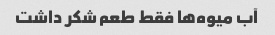
آب میوه‌ها فقط طعم شکر داشت